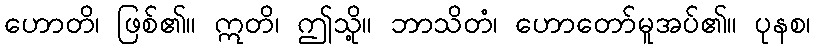
ဟောတိ၊ ဖြစ်၏။ ဣတိ၊ ဤသို့။ ဘာသိတံ၊ ဟောတော်မူအပ်၏။ ပုနစ၊